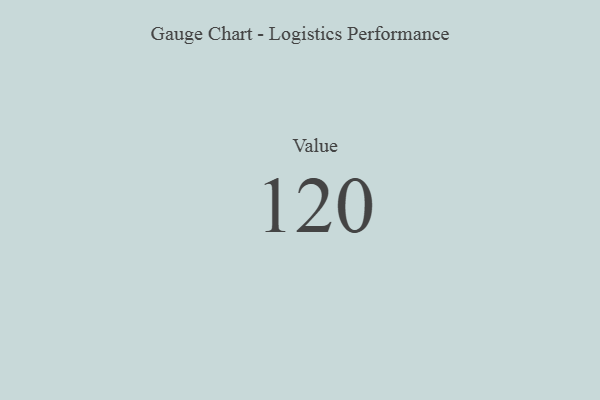
{"axis": {"x": "Metric", "y": "Value"}, "legend": [""], "data": [{"x": "Value", "y": 120, "type": ""}]}